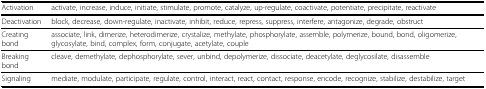
<table><thead><tr><td><b>Activation</b></td><td><b>activate, increase, induce, initiate, stimulate, promote, catalyze, up-regulate, coactivate, potentiate, precipitate, reactivate</b></td></tr></thead><tbody><tr><td>Deactivation</td><td>block, decrease, down-regulate, inactivate, inhibit, reduce, repress, suppress, interfere, antagonize, degrade, obstruct</td></tr><tr><td>Creating bond</td><td>associate, link, dimerize, heterodimerize, crystalize, methylate, phosphorylate, assemble, polymerize, bound, bond, oligomerize, glycosylate, bind, complex, form, conjugate, acetylate, couple</td></tr><tr><td>Breaking bond</td><td>cleave, demethylate, dephosphorylate, sever, unbind, depolymerize, dissociate, deacetylate, deglycosilate, disassemble</td></tr><tr><td>Signaling</td><td>mediate, modulate, participate, regulate, control, interact, react, contact, response, encode, recognize, stabilize, destabilize, target</td></tr></tbody></table>